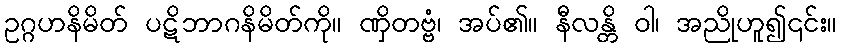
ဥဂ္ဂဟနိမိတ် ပဋိဘာဂနိမိတ်ကို။ ဏှိတဗ္ဗံ၊ အပ်၏။ နီလန္တိ ဝါ၊ အညိုဟူ၍၎င်း။